Scottish Leaving Certificate Examination, 1959
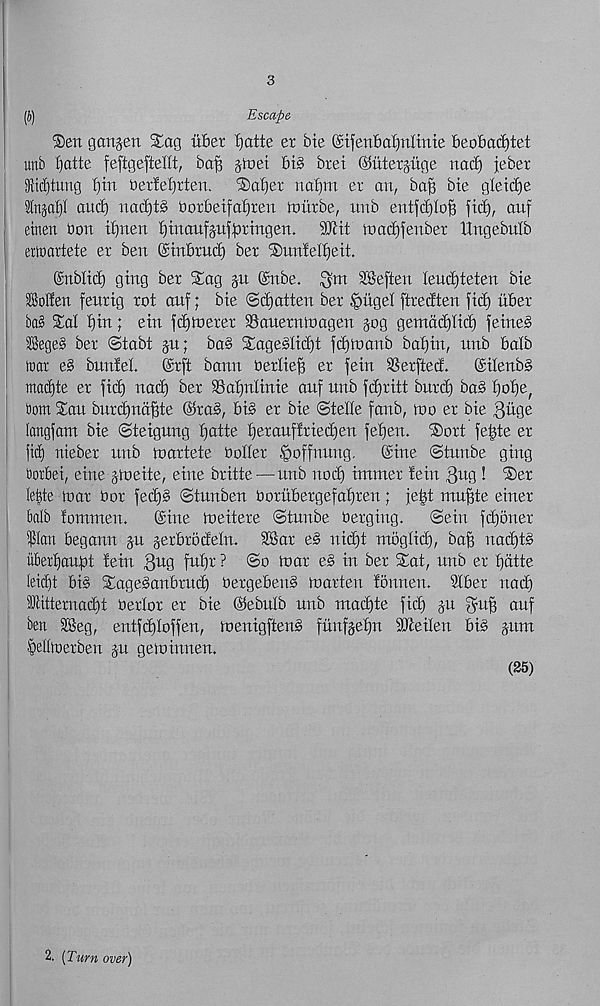
(J)
Escape
®en gotijen Stag uber tjatte ex bte ©ifenbo^nltnte beobacfytet
unb fjatte feftgefteHt, ba^ jtoet bib bret ©utergitge nad) jebet
Std)tung i)in bexlefjrten.
®af)er nafjm ex an, ba^ bte gletdje
tn§af)I and) nadjtb boxbetfaf)xen ftmxbe, nnb entfd)(ob fid), auf
etnen bon itinen i)tnanfgnfbxingen.
9)1 it tnad)fenbex Huge bulb
etwartete ex ben ©inbxud) bex ®nn!el^eit.
©nblid) ging bex Sag gu ©nbe. ^nt SSeften Ieud)teten bie
Pollen fenxig xot anf; bie ©djatten bex £mge( ftxedten fid) ttbex
ba§ Sat t)in; ein fd)toexex Sauexnioagen jog gemdd)Iid) feineb
Begeb bex ©tabt ju; bab Sagebtid)t fdjmanb batjin, unb batb
tear eb bunfel.
©xft bann bexlieff ex fein SSexfted.
(Silenbb
mad)te ex fid) nad) bex 9$af)ri(inie auf nub fdjxitt buxd) bab t)of)e,
tom San buxdjnd^te @xab, bib ex bie ©telle fanb, mo ex bie 3uge
(artgfam bie ©teigung fjatte f)exanflxied)en fetjen. Soxt fetgte ex
fid) niebex unb maxtete OoIIex Soffunug.
(Sine ©tunbe ging
Ootbei, eitte gioeite, eine bxitte—unb nod) imntex fein 3ug ! Sex
Ie|te max box fed)b ©tunben boxubexgefafjxen; ietgt muf)te einex
balb fontmen.
(Sine meitexe ©tunbe bexging.
©ein fdjonex
$Ian begann ju jexbxbdetn. 2Sax eb nid)t ntoglid), baft itadjtb
ubetl)auft fein 3 U 9 f u^r ? ©° boax eb in bex Sat, unb ex fjdtte
leidjt bib Sagebanbxud) bexgebenb maxten fonnen. 9lbex nad)
Sattexnadit bextox ex bie @ebuib unb madjte fid) ju ^uff auf
ben SBeg, entfdjtoffen, menigftenb funfjelfn SDleilen bib jttm
SeHtoepen jn geminnen.
(25)
2. (Turn over)